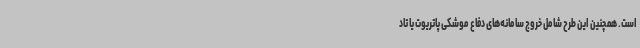
است. همچنین این طرح شامل خروج سامانه‌های دفاع موشکی پاتریوت یا تاد